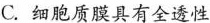
C.细胞质膜具有全透性